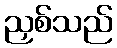
ညှစ်သည်